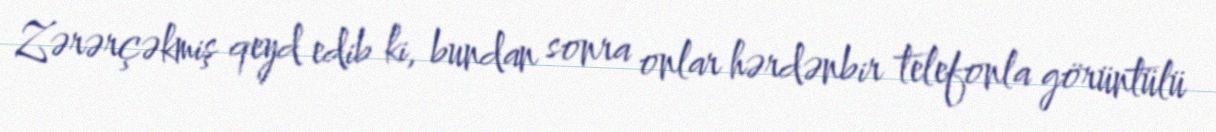
Zərərçəkmiş qeyd edib ki, bundan sonra onlar hərdənbir telefonla görüntülü